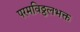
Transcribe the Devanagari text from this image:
परमविठ्ठलभक्त